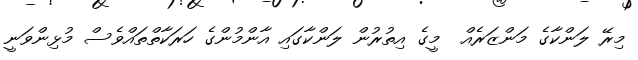
މިރޭ ލަންކާގެ މަންޒަރެއް  މީގެ އިތުރުން ލަންކާގައި އާންމުންގެ ހަރަކާތްތައްވެސް މުޅިންވަނީ